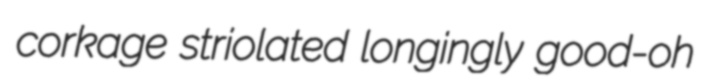
corkage striolated longingly good-oh